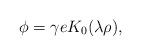
LaTeX: \begin{align*} \phi=\gamma e K_0(\lambda\rho),\end{align*}